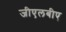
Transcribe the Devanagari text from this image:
जीएलबीए